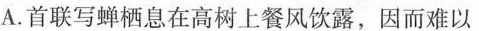
A.首联写蝉栖息在高树上餐风饮露，因而难以